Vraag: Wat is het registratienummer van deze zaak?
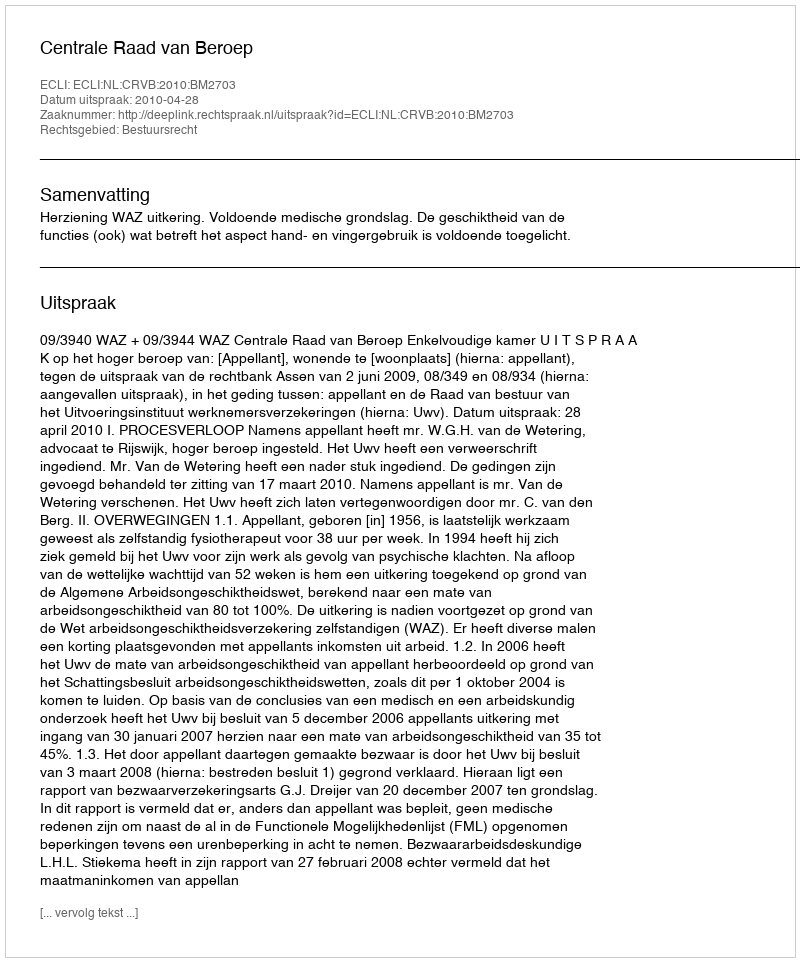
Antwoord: http://deeplink.rechtspraak.nl/uitspraak?id=ECLI:NL:CRVB:2010:BM2703